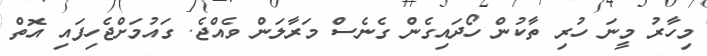
މިހާރު މީނަ ހުރި ތާކުން ހޯދައިގެން ގެނެސް މަރާލަން ވެއްޖެ. ގައުމަށްޖެހިފައި އޮތް